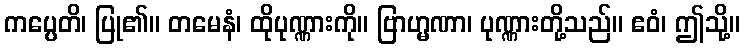
ကပ္ပေတိ၊ ပြု၏။ တမေနံ၊ ထိုပုဏ္ဏားကို။ ဗြာဟ္မဏာ၊ ပုဏ္ဏားတို့သည်။ ဧဝံ၊ ဤသို့။